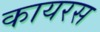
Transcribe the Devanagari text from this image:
कायरस